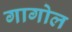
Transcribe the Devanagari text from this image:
गागोल